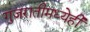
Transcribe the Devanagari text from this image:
गुजरातीमध्येही